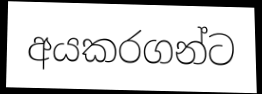
අයකරගන්ට